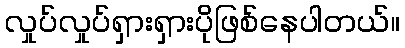
လှုပ်လှုပ်ရှားရှားပိုဖြစ်နေပါတယ်။